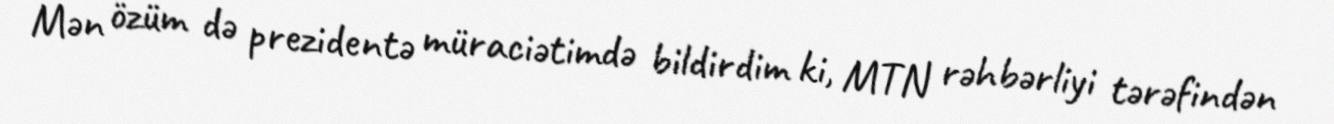
Mən özüm də prezidentə müraciətimdə bildirdim ki, MTN rəhbərliyi tərəfindən